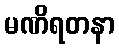
မဏိရတနာ